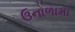
ઉનાળામા